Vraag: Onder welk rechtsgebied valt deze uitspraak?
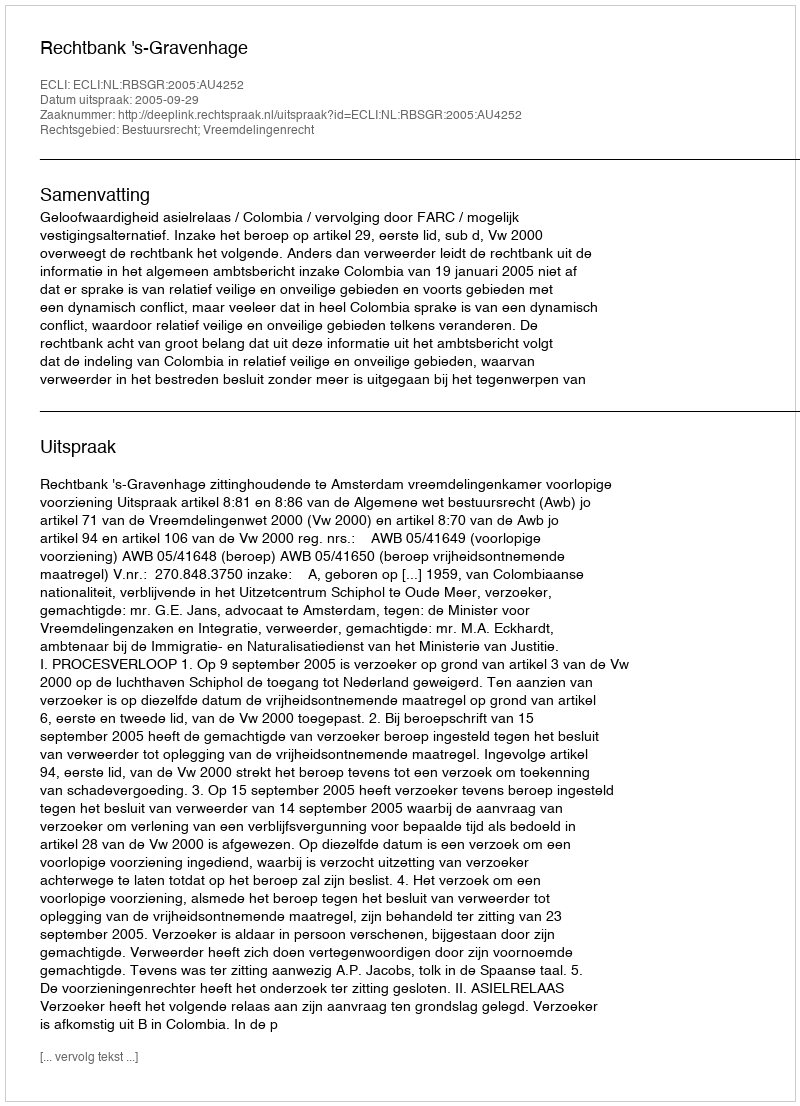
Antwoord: Bestuursrecht; Vreemdelingenrecht